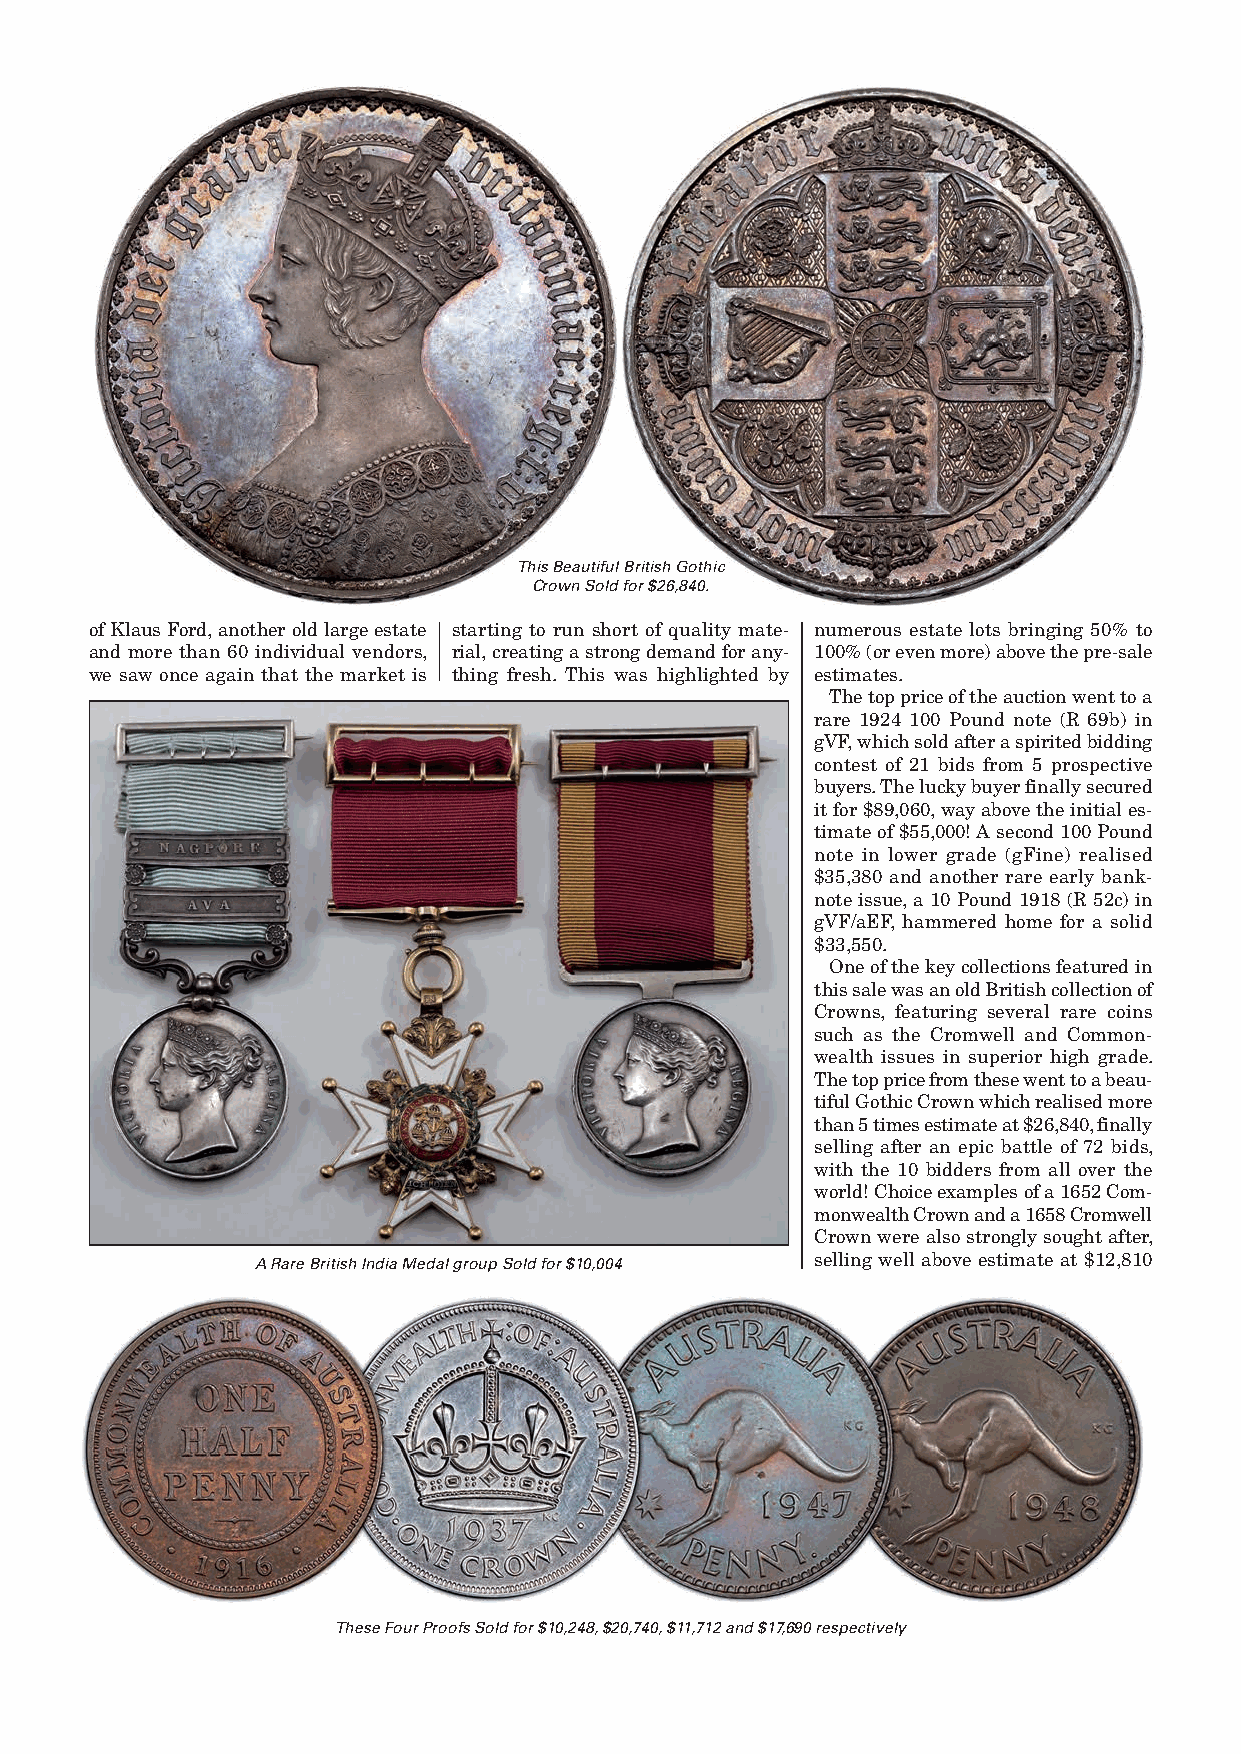
This Beautiful British Gothic
 Crown Sold for $26,840.
 of Klaus Ford, another old large estate starting to run short of quality mate- numerous estate lots bringing 50% to
 and more than 60 individual vendors, rial, creating a strong demand for any- 100% (or even more) above the pre-sale
 we saw once again that the market is thing fresh. This was highlighted by estimates.
 The top price of the auction went to a
 rare 1924 100 Pound note (R 69b) in
 gVF, which sold after a spirited bidding
 contest of 21 bids from 5 prospective
 buyers. The lucky buyer finally secured
 it for $89,060, way above the initial es-
 timate of $55,000! A second 100 Pound
 note in lower grade (gFine) realised
 $35,380 and another rare early bank-
 note issue, a 10 Pound 1918 (R 52c) in
 gVF/aEF, hammered home for a solid
 $33,550.
 One of the key collections featured in
 this sale was an old British collection of
 Crowns, featuring several rare coins
 such as the Cromwell and Common-
 wealth issues in superior high grade.
 The top price from these went to a beau-
 tiful Gothic Crown which realised more
 than 5 times estimate at $26,840, finally
 selling after an epic battle of 72 bids,
 with the 10 bidders from all over the
 world! Choice examples of a 1652 Com-
 monwealth Crown and a 1658 Cromwell
 Crown were also strongly sought after,
 A Rare British India Medal group Sold for $10,004 selling well above estimate at $12,810
 These Four Proofs Sold for $10,248, $20,740, $11,712 and $17,690 respectively